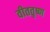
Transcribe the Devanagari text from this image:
वीततृष्ण